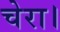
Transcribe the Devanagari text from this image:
चेरा।